Papaver somniferum - Opium : an extract from the sixth volume of the Dictionary of Economic Products of India
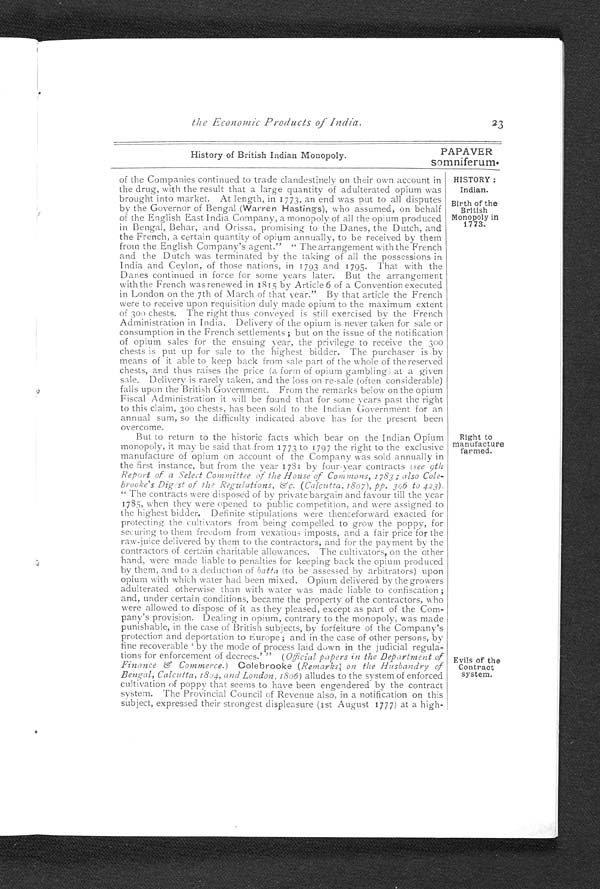
History of British Indian Monopoly.
PAPAVER
somniferum.
23
the Economic Products of India.
HISTORY :
Indian.
Birth of the
British
Monopoly in
1773.
of the Companies continued to trade clandestinely on their own account in
the drug, with the result that a large quantity of adulterated opium was
brought into market. At length, in 1773, an end was put to all disputes
by the Governor of Bengal (Warren Hastings), who assumed, on behalf
of the English East India Company, a monopoly of all the opium produced
in Bengal, Behar, and Orissa, promising to the Danes, the Dutch and
the French, a certain quantity of opium annually, to be received by them
from the English Company's agent." " The arrangement with the French
and the Dutch was terminated by the taking of all the possessions in
India and Ceylon, of those nations, in 1793 and 1795. That with the
Danes continued in force for some years later. But the arrangement
with the French was renewed in 1815 by Article 6 of a Convention executed
in London on the 7th of March of that year." By that article the French
were to receive upon requisition duly made opium to the maximum extent
of 300 chests. The right thus conveyed is still exercised by the French
Administration in India. Delivery of the opium is never taken for sale or
consumption in the French settlements ; but on the issue of the notification
of opium sales for the ensuing year, the privilege to receive the 300
chests is put up for sale to the highest bidder. The purchaser is by
means of it able to keep back from sale part of the whole of the reserved
chests, and thus raises the price (a form of opium gambling) at a given
sale. Delivery is rarely taken, and the loss on re-sale (often considerable)
falls upon the British Government. From the remarks below on the opium
Fiscal Administration it will be found that for some years past the right
to this claim, 300 chests, has been sold to the Indian Government for an
annual sum, so the difficulty indicated above has for the present been
overcome.
But to return to the historic facts which bear on the Indian Opium
monopoly, it may be said that from 1773 to 1797 the right to the exclusive
manufacture of opium on account of the Company was sold annually in
the first instance, but from the year 1781 by four-year contracts (see 9th
Report of a Select Committee of the House of Commons, 1783; also Cole-
brooke's Digest of the Regulations, &c. ( Calcutta, 1807 ) , pp. 396 to 423).
" The contracts were disposed of by private bargain and favour till the year
1785, when they were opened to public competition, and were assigned to
the highest bidder. Definite stipulations were thenceforward exacted for
protecting the cultivators from being compelled to grow the poppy, for
securing to them freedom from vexatious imposts, and a fair price for the
raw-juice delivered by them to the contractors, and for the payment by the
contractors of certain charitable allowances. The cultivators, on the other
hand, were made liable to penalties for keeping back the opium produced
by them, and to a deduction of batta (to be assessed by arbitrators) upon
opium with which water had been mixed. Opium delivered by the growers
adulterated otherwise than with water was made liable to confiscation ;
and, under certain conditions, became the property of the contractors, who
were allowed to dispose of it as they pleased, except as part of the Com-
pany's provision. Dealing in opium, contrary to the monopoly, was made
punishable, in the case of British subjects, by forfeiture of the Company's
protection and deportation to Europe; and in the case of other persons, by
fine recoverable ' by the mode of process laid down in the judicial regula-
tions for enforcement of decrees.' " ( Official papers in the Department of
Finance & Commerce. ) Colebrooke ( Remarks: on the Husbandry of
Bengal, Calcutta, 1804, and London, 1806 ) alludes to the system of enforced
cultivation of poppy that seems to have been engendered by the contract
system. The Provincial Council of Revenue also, in a notification on this
subject, expressed their strongest displeasure (1st August 1777) at a high-
Right to
manufacture
farmed.
Evils of the
Contract
system.